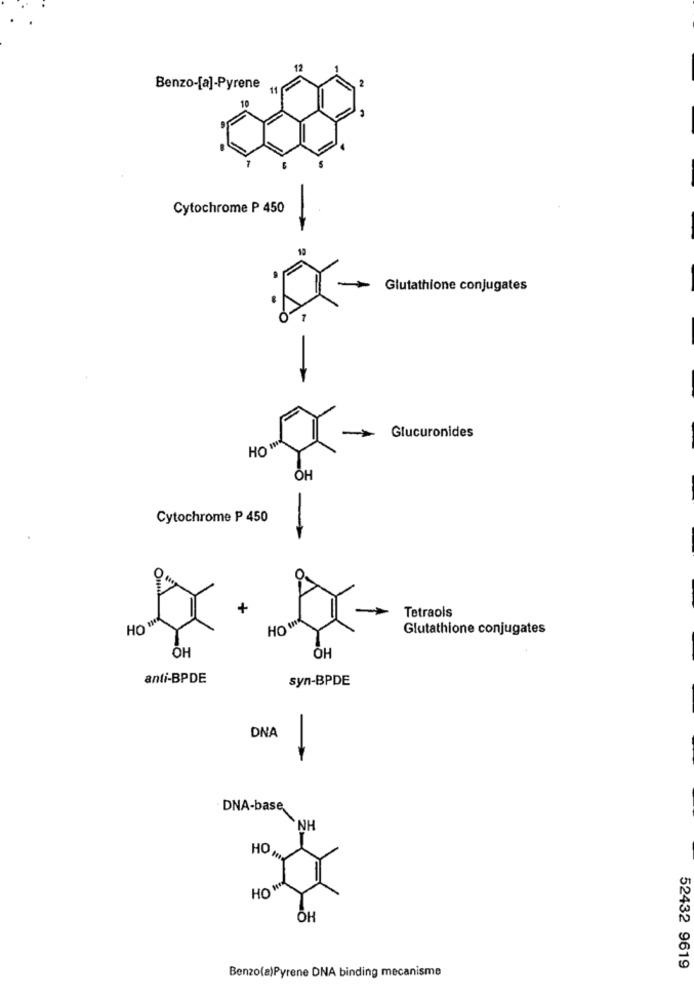
Benzo-[a]-Pyrene
Cytochrome P 450
Glutathione conjugates
Glucuronides
OH
Cytochrome P 450
-
Tetraols
Glutathione conjugates
OH
OH
anti-BPDE
syn-BPDE
DNA
DNA-base
NH
HO MP
HOW
OH
Benzo(a)Pyrene DNA binding mecanisme
52432 9619